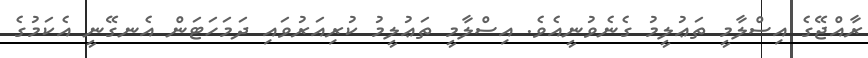
ރާއްޖޭގެ އިސްލާމީ ތަޢުލީމު ގެނެވުނީއެވެ. އިސްލާމީ ތަޢުލީމު ކުރިއަރުވައި ދަމަހަޓަން އެނގޭނީ އެކަމުގެ